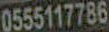
0555117786